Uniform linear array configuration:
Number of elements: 8
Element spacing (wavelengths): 0.25
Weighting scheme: blackman
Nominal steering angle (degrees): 45
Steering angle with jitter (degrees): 45.894
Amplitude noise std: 0.05
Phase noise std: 0.05

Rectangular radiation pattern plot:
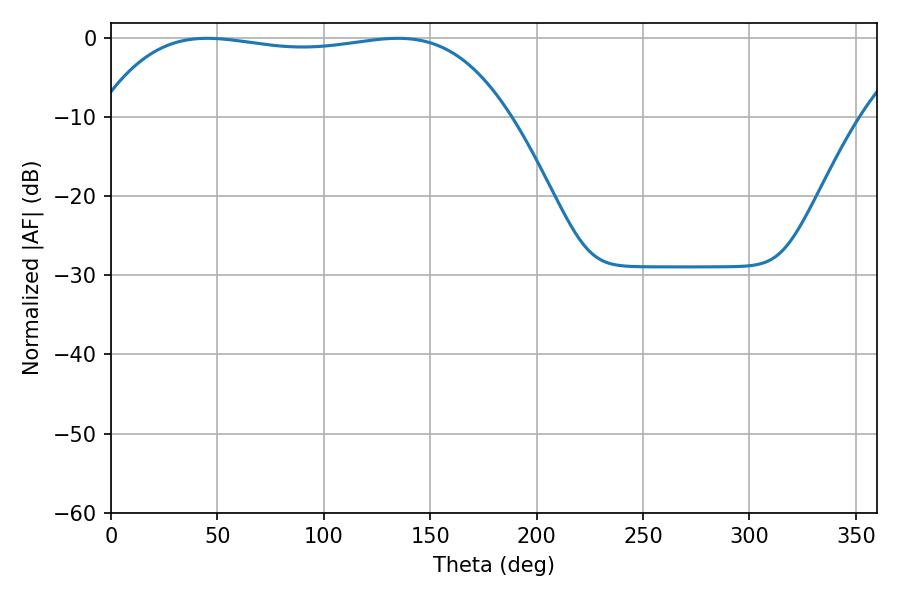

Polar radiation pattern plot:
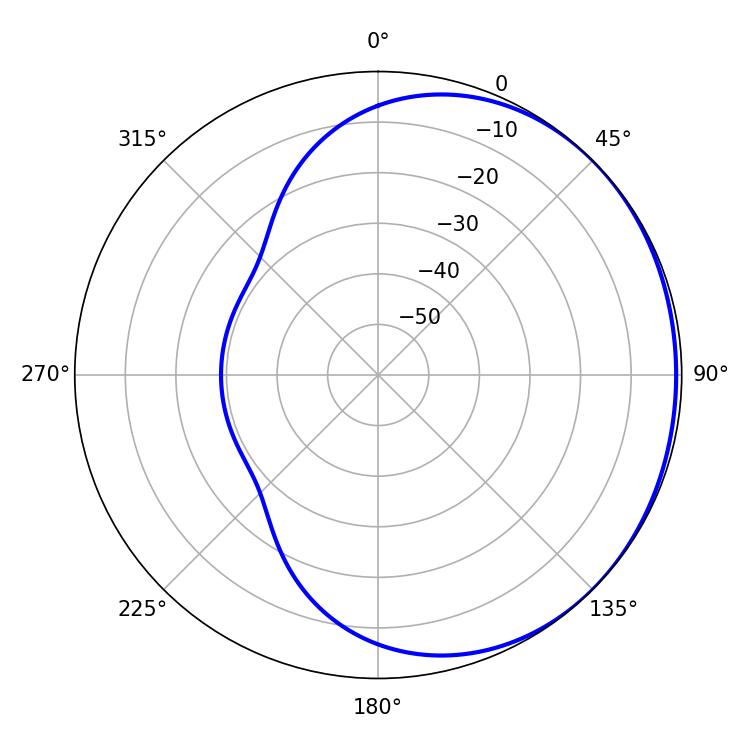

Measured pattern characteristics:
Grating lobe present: FALSE
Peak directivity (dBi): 0.7003
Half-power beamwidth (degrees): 153
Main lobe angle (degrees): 45.18